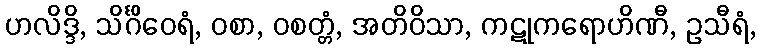
ဟလိဒ္ဒိ, သိင်္ဂိဝေရံ, ဝစာ, ဝစတ္တံ, အတိဝိသာ, ကဋုကရောဟိဏီ, ဥသီရံ,